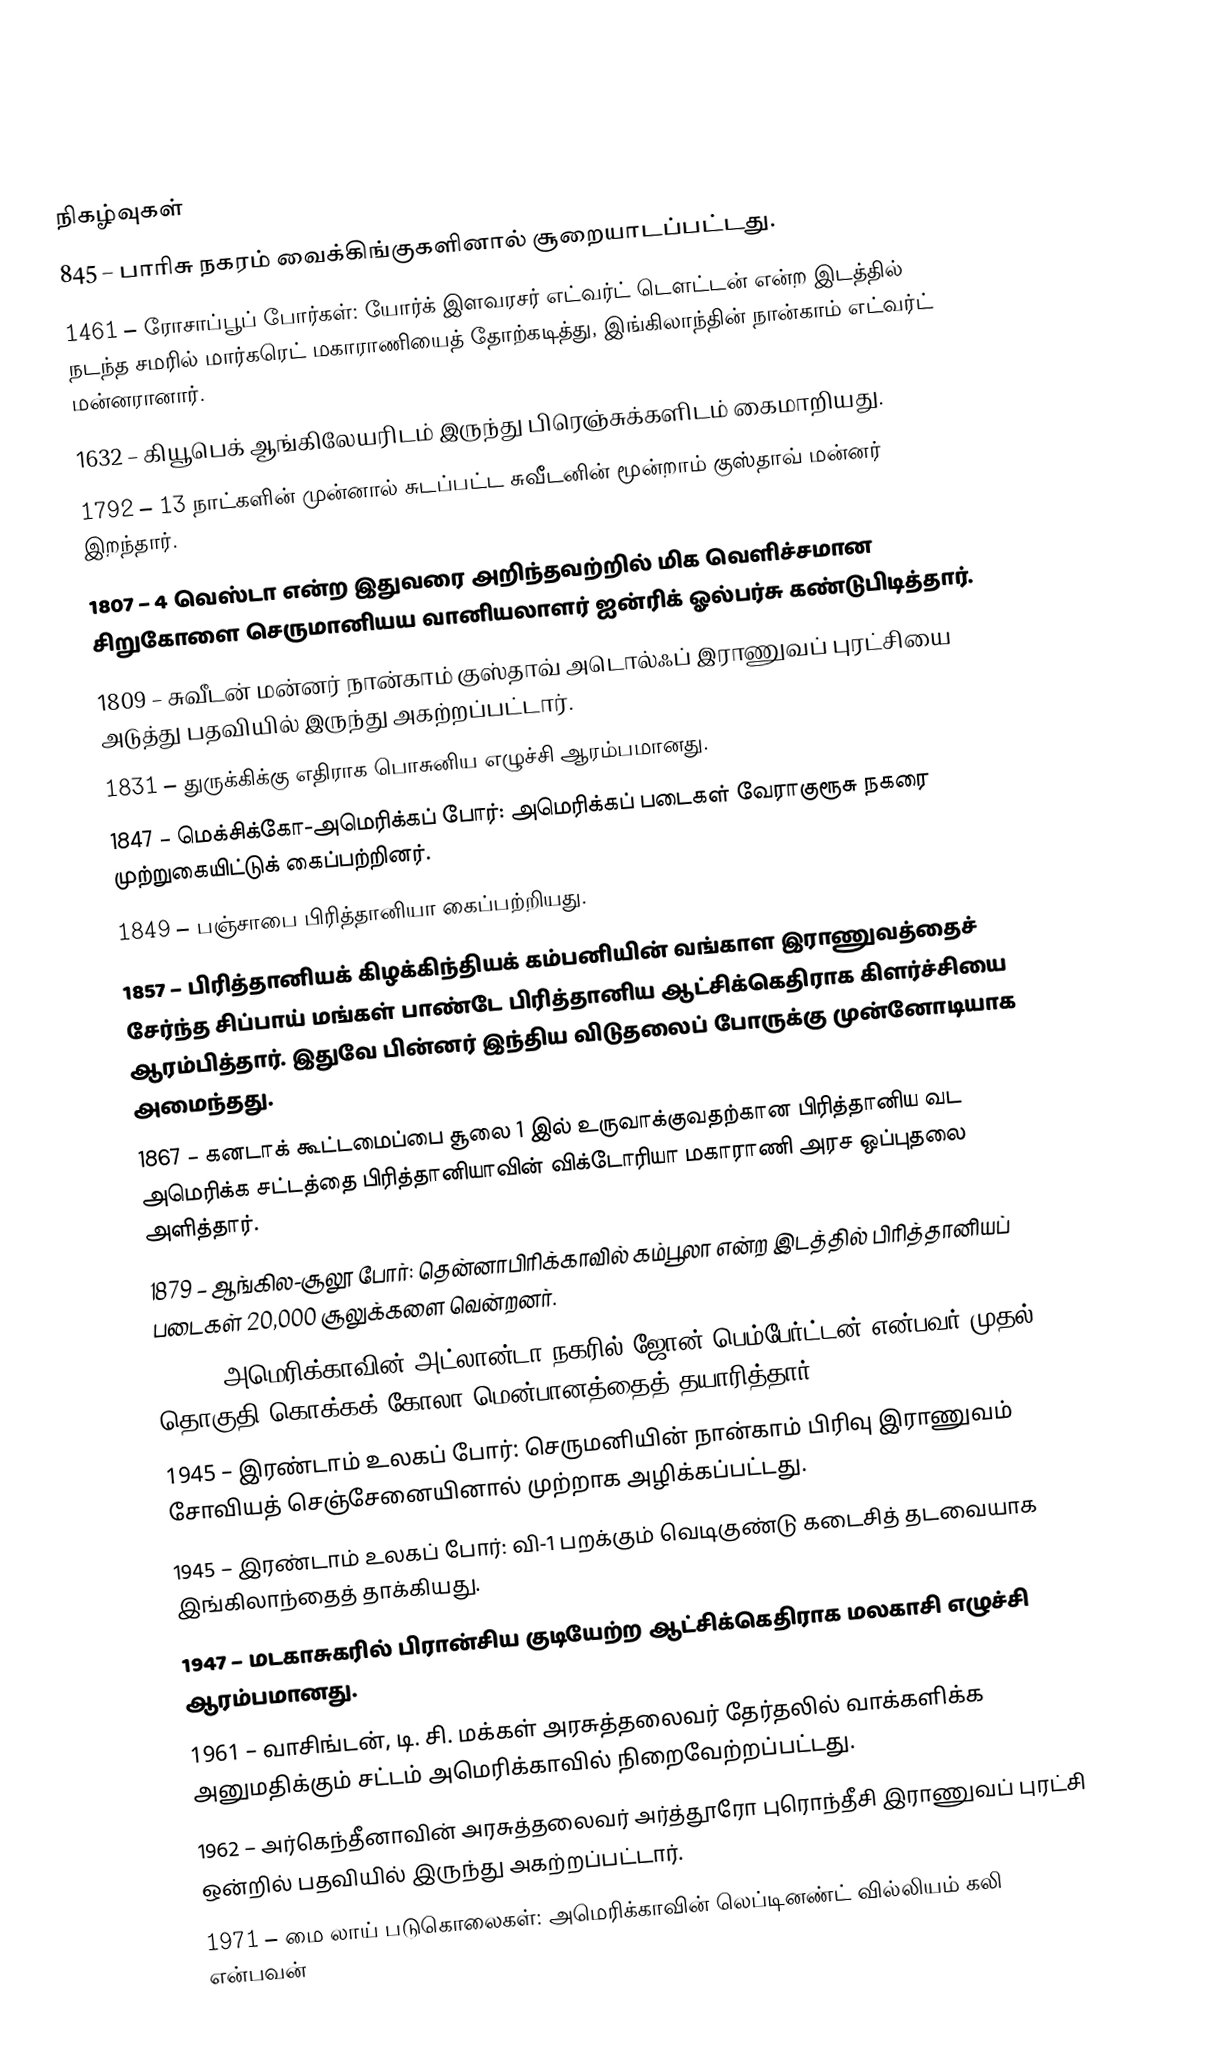

நிகழ்வுகள்
 845 – பாரிசு நகரம் வைக்கிங்குகளினால் சூறையாடப்பட்டது.
1461 – ரோசாப்பூப் போர்கள்: யோர்க் இளவரசர் எட்வர்ட் டௌட்டன் என்ற இடத்தில் நடந்த சமரில் மார்கரெட் மகாராணியைத் தோற்கடித்து, இங்கிலாந்தின் நான்காம் எட்வர்ட் மன்னரானார்.
1632 – கியூபெக் ஆங்கிலேயரிடம் இருந்து பிரெஞ்சுக்களிடம் கைமாறியது.
1792 – 13 நாட்களின் முன்னால் சுடப்பட்ட சுவீடனின் மூன்றாம் குஸ்தாவ் மன்னர் இறந்தார்.
1807 – 4 வெஸ்டா என்ற இதுவரை அறிந்தவற்றில் மிக வெளிச்சமான சிறுகோளை செருமானியய வானியலாளர் ஐன்ரிக் ஓல்பர்சு கண்டுபிடித்தார்.
1809 – சுவீடன் மன்னர் நான்காம் குஸ்தாவ் அடொல்ஃப் இராணுவப் புரட்சியை அடுத்து பதவியில் இருந்து அகற்றப்பட்டார்.
1831 – துருக்கிக்கு எதிராக பொசுனிய எழுச்சி ஆரம்பமானது.
1847 – மெக்சிக்கோ-அமெரிக்கப் போர்: அமெரிக்கப் படைகள் வேராகுரூசு நகரை முற்றுகையிட்டுக் கைப்பற்றினர்.
1849 – பஞ்சாபை பிரித்தானியா கைப்பற்றியது.
1857 – பிரித்தானியக் கிழக்கிந்தியக் கம்பனியின் வங்காள இராணுவத்தைச் சேர்ந்த சிப்பாய் மங்கள் பாண்டே பிரித்தானிய ஆட்சிக்கெதிராக கிளர்ச்சியை ஆரம்பித்தார். இதுவே பின்னர் இந்திய விடுதலைப் போருக்கு முன்னோடியாக அமைந்தது.
1867 – கனடாக் கூட்டமைப்பை சூலை 1 இல் உருவாக்குவதற்கான பிரித்தானிய வட அமெரிக்க சட்டத்தை பிரித்தானியாவின் விக்டோரியா மகாராணி அரச ஒப்புதலை அளித்தார்.
1879 – ஆங்கில-சூலூ போர்: தென்னாபிரிக்காவில் கம்பூலா என்ற இடத்தில் பிரித்தானியப் படைகள் 20,000 சூலுக்களை வென்றனர்.
1886 – அமெரிக்காவின் அட்லான்டா நகரில் ஜோன் பெம்பேர்ட்டன் என்பவர் முதல் தொகுதி கொக்கக் கோலா மென்பானத்தைத் தயாரித்தார்.
1945 – இரண்டாம் உலகப் போர்: செருமனியின் நான்காம் பிரிவு இராணுவம் சோவியத் செஞ்சேனையினால் முற்றாக அழிக்கப்பட்டது.
1945 – இரண்டாம் உலகப் போர்: வி-1 பறக்கும் வெடிகுண்டு கடைசித் தடவையாக இங்கிலாந்தைத் தாக்கியது.
1947 – மடகாசுகரில் பிரான்சிய குடியேற்ற ஆட்சிக்கெதிராக மலகாசி எழுச்சி ஆரம்பமானது.
1961 – வாசிங்டன், டி. சி. மக்கள் அரசுத்தலைவர் தேர்தலில் வாக்களிக்க அனுமதிக்கும் சட்டம் அமெரிக்காவில் நிறைவேற்றப்பட்டது.
1962 – அர்கெந்தீனாவின் அரசுத்தலைவர் அர்த்தூரோ புரொந்தீசி இராணுவப் புரட்சி ஒன்றில் பதவியில் இருந்து அகற்றப்பட்டார்.
1971 – மை லாய் படுகொலைகள்: அமெரிக்காவின் லெப்டினண்ட் வில்லியம் கலி என்பவன்